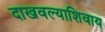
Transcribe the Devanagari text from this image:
दाखवल्याशिवाय